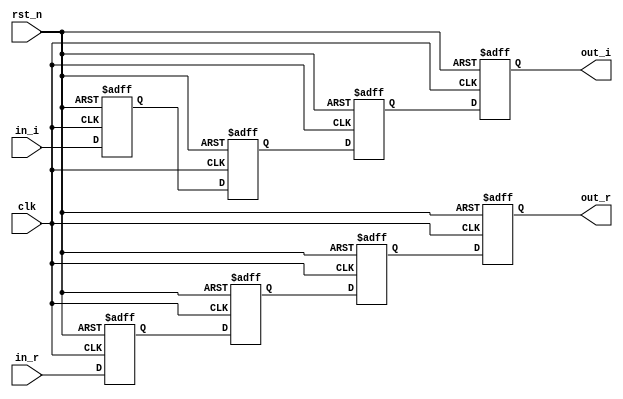
module SR4(
    input                   clk,
    input                   rst_n,
    input [15:0]            in_r,
    input [15:0]            in_i,
    output [15:0]           out_r,
    output [15:0]           out_i
);
    // change LENGTH here to set up the length of this shift register
    //=================================================

                    parameter LENGTH = 4;

    //=================================================
    
    integer i;
    reg [15:0] r_bus [LENGTH-1:0];
    reg [15:0] i_bus [LENGTH-1:0];
    
    assign out_r = r_bus[0];
    assign out_i = i_bus[0];

    always@ (posedge clk or negedge rst_n) begin
        if(!rst_n) begin
            for(i = 0; i < LENGTH; i = i+1) begin
                r_bus[i] <= 0;
                i_bus[i] <= 0;
            end
        end
        else begin
            r_bus[LENGTH-1] <= in_r;
            i_bus[LENGTH-1] <= in_i;
            
            for(i = 0; i < (LENGTH-1); i = i+1) begin
                r_bus[i] <= r_bus[i+1];
                i_bus[i] <= i_bus[i+1];
            end
        end
    end

endmodule